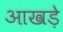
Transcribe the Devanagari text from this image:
आखड़े